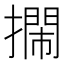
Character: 𢷃